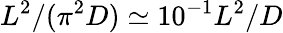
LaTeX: L^{2}/(\pi^{2}D)\simeq 10^{-1}L^{2}/D